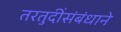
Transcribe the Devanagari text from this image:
तरतुदींसंबंधाने